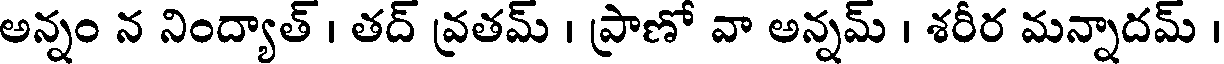
అన్నం న నింద్యాత్ । తద్ వ్రతమ్ । ప్రాణో వా అన్నమ్ । శరీర మన్నాదమ్